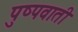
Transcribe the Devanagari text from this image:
पुष्पवाती